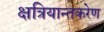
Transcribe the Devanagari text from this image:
क्षत्रियान्तकरेण